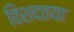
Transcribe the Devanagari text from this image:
विशदतया